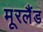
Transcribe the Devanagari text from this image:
मूरलैंड